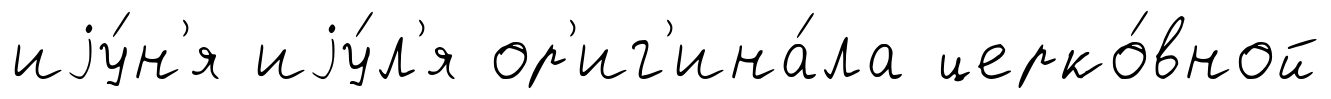
иjу́н'я иjу́л'я ор'иг'ина́ла церко́вной